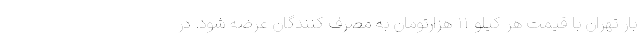
بار تهران با قیمت هر کیلو ۱۱ هزارتومان به مصرف کنندگان عرضه شود. در